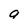
Character: g